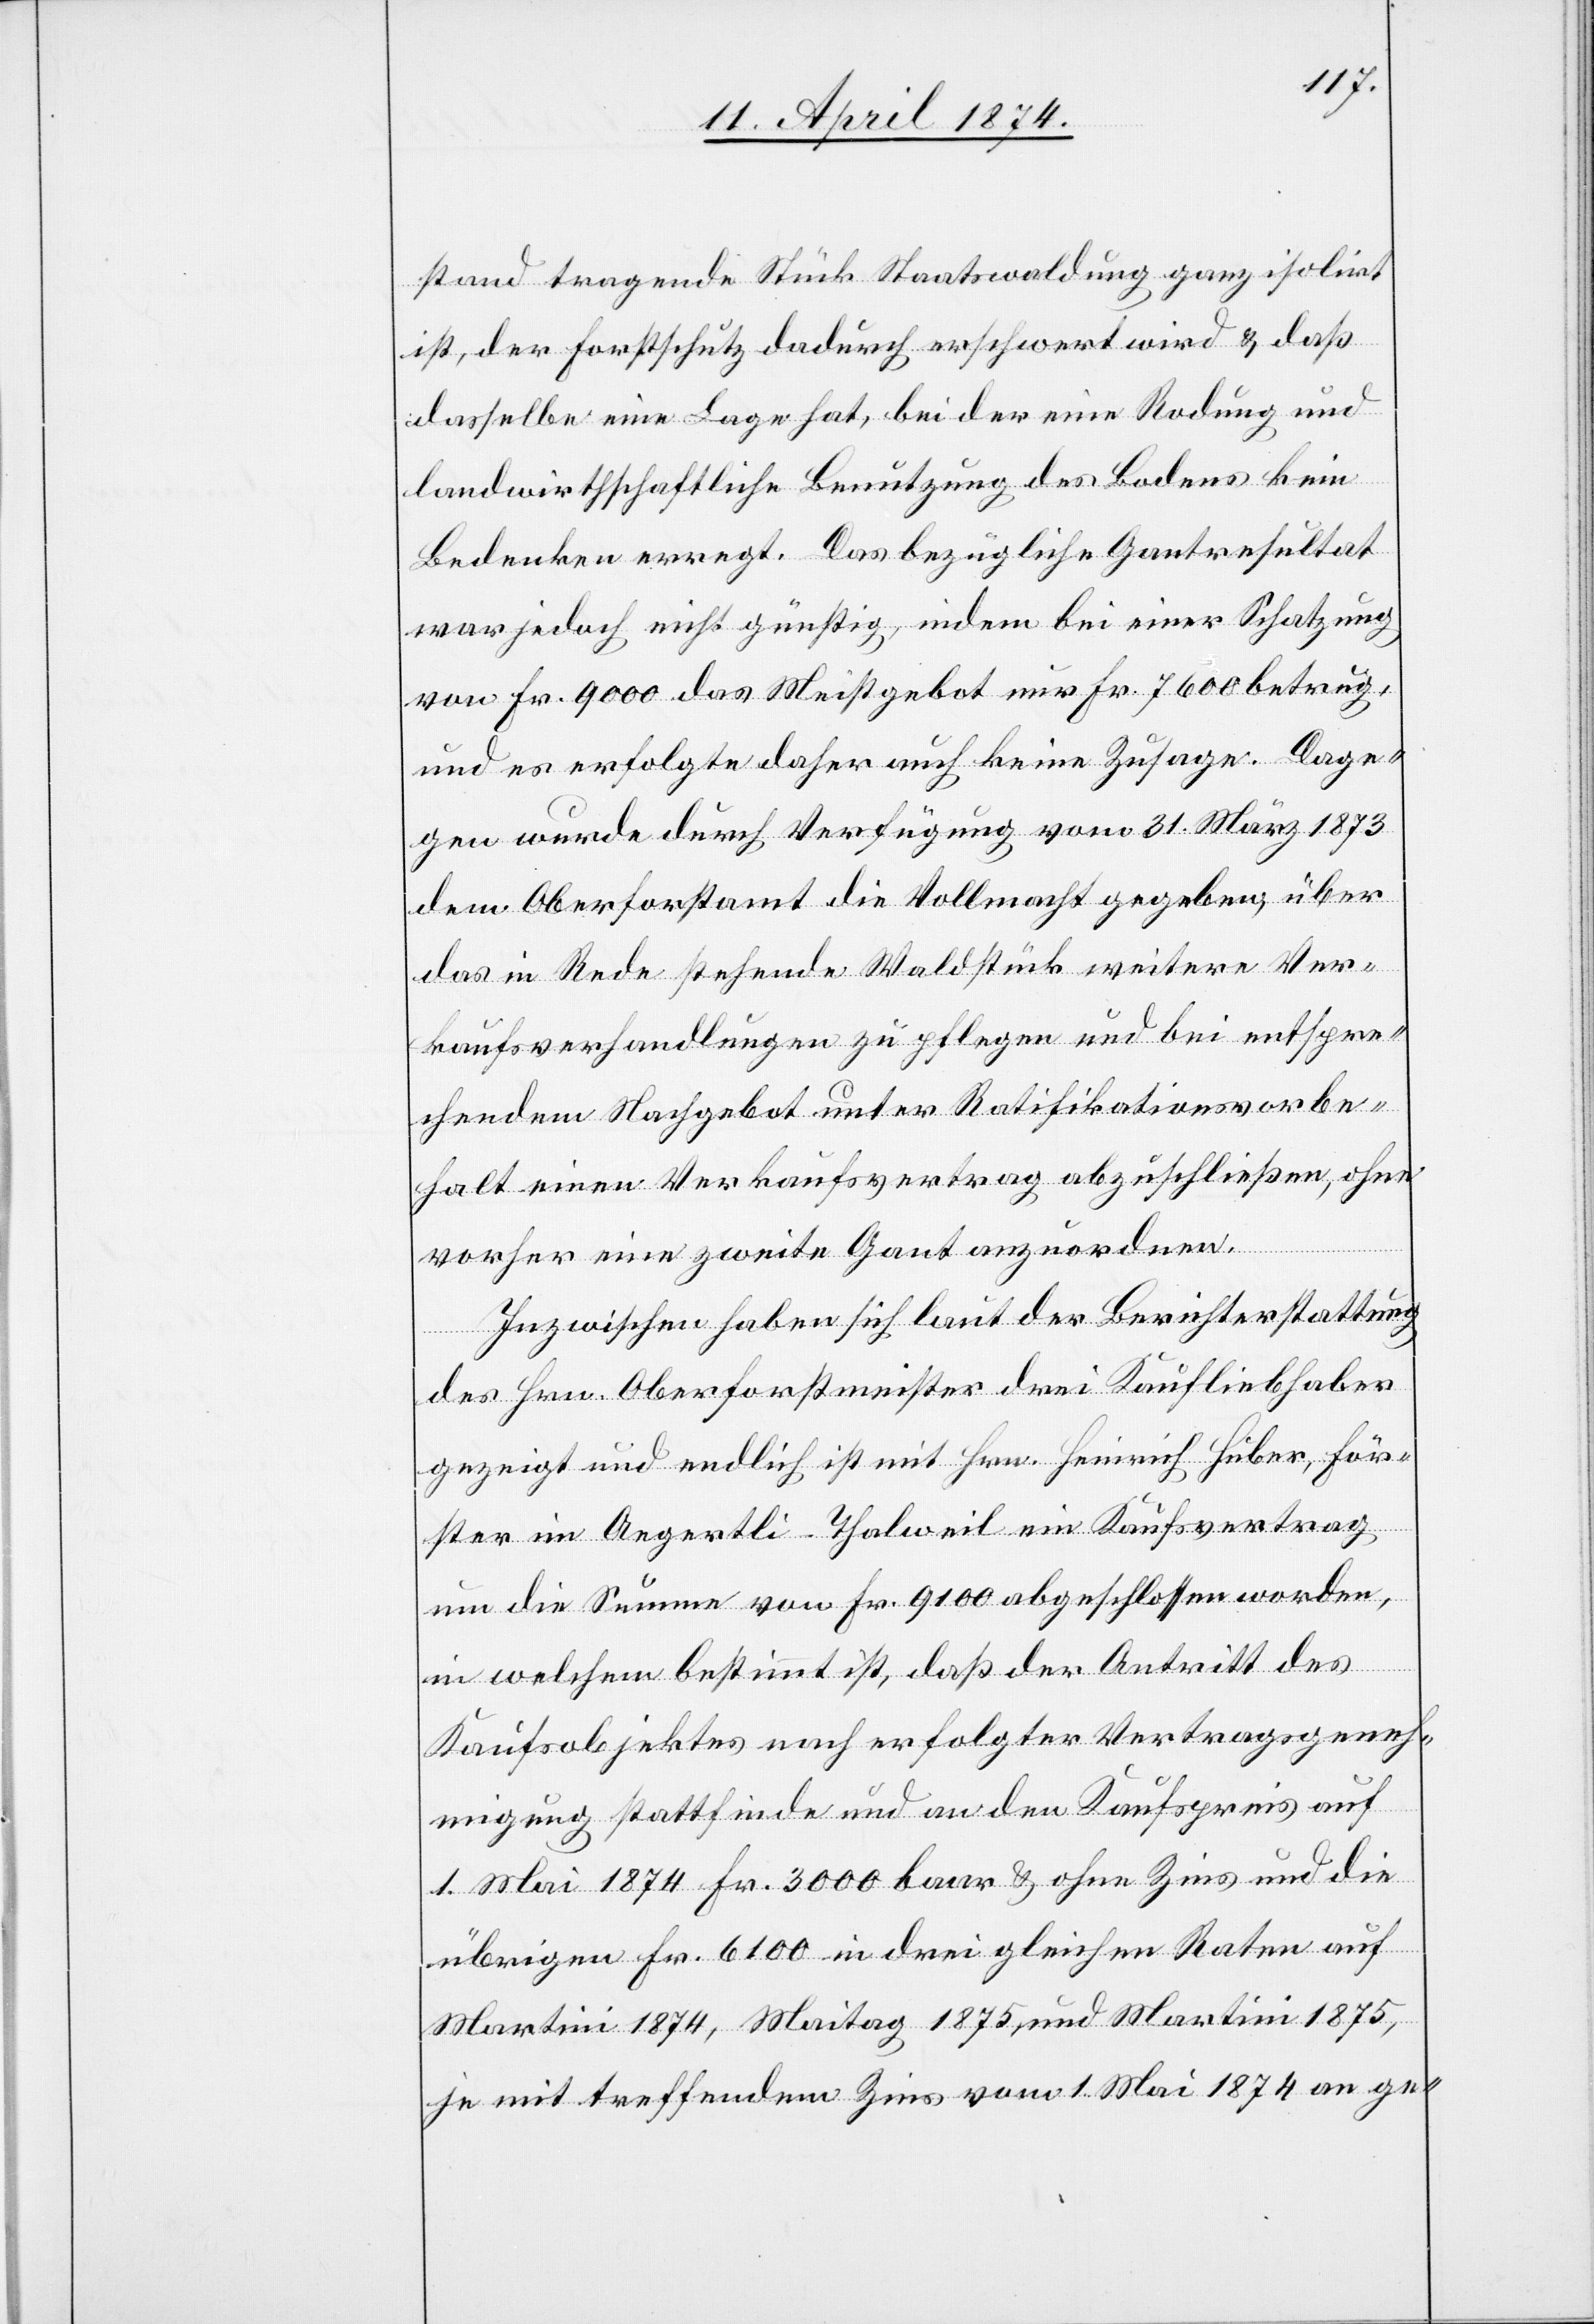
stand tragende Stück Staatswaldung ganz isolirt
ist, der Forstschutz dadurch erschwert wird u. daß
dasselbe eine Lage hat, bei der eine Rodung und
landwirthschaftliche Benutzung des Bodens kein
Bedenken erregt. Das bezügliche Gantresultat
war jedoch nicht günstig, indem bei einer Schatzung
von Fr. 9000 das Meistgebot nur Fr. 7600 betrug,
und es erfolgte daher auch keine Zusage. Dage¬
gen wurde durch Verfügung vom 31. März 1873
dem Oberforstamt die Vollmacht gegeben, über
das in Rede stehende Waldstück weitere Ver¬
kaufsverhandlungen zu pflegen und bei entspre¬
chendem Nachgebot unter Ratifikationsvorbe¬
halt einen Verkaufsvertrag abzuschließen, ohne
vorher eine zweite Gant anzuordnen.
Inzwischen haben sich laut der Berichterstattung
des Hrn. Oberforstmeister drei Kaufliebhaber
gezeigt und endlich ist mit Hrn. Heinrich Huber, För¬
ster im Aegertli-Thalweil ein Kaufsvertrag
um die Summe von Fr. 9100 abgeschlossen worden,
in welchem bestimmt ist, daß der Antritt des
Kaufsobjektes nach erfolgter Vertragsgeneh¬
migung stattfinde und an den Kaufspreis auf
1. Mai 1874 Fr. 3000 baar u. ohne Zins und die
übrigen Fr. 6100 in drei gleichen Raten auf
Martini 1874, Maitag 1875 und Martini 1875,
je mit treffendem Zins vom 1. Mai 1874 an ge-